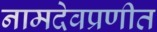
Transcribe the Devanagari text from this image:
नामदेवप्रणीत